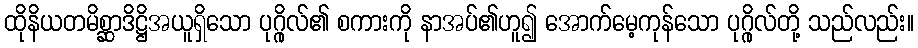
ထိုနိယတမိစ္ဆာဒိဋ္ဌိအယူရှိသော ပုဂ္ဂိုလ်၏ စကားကို နာအပ်၏ဟူ၍ အောက်မေ့ကုန်သော ပုဂ္ဂိုလ်တို့ သည်လည်း။